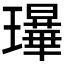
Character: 𰢗